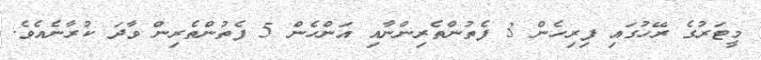
މީޓަރުގެ ރޭހުގައި ފިރިހެން 3 ފެތުންތެރިންނާއި އަންހެން 5 ފެތުންތެރިން ވާދަ ކުރާނެއެވެ.